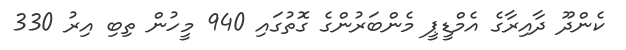
ކެންދޫ ދާއިރާގެ އެމްޑީޕީ މެންބަރުންގެ ގޮތުގައި 940 މީހުން ތިބި އިރު 330